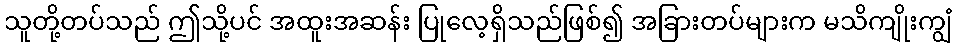
သူတို့တပ်သည် ဤသို့ပင် အထူးအဆန်း ပြုလေ့ရှိသည်ဖြစ်၍ အခြားတပ်များက မသိကျိုးကျွံ